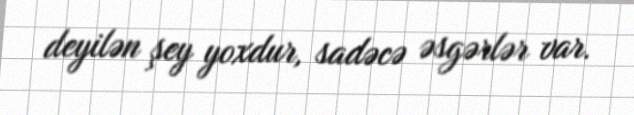
deyilən şey yoxdur, sadəcə əsgərlər var.